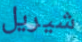
شيريل